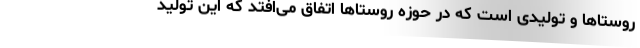
روستاها و تولیدی است که در حوزه روستاها اتفاق می‌افتد که این تولید